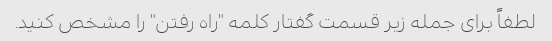
لطفاً برای جمله زیر قسمت گفتار کلمه "راه رفتن" را مشخص کنید.